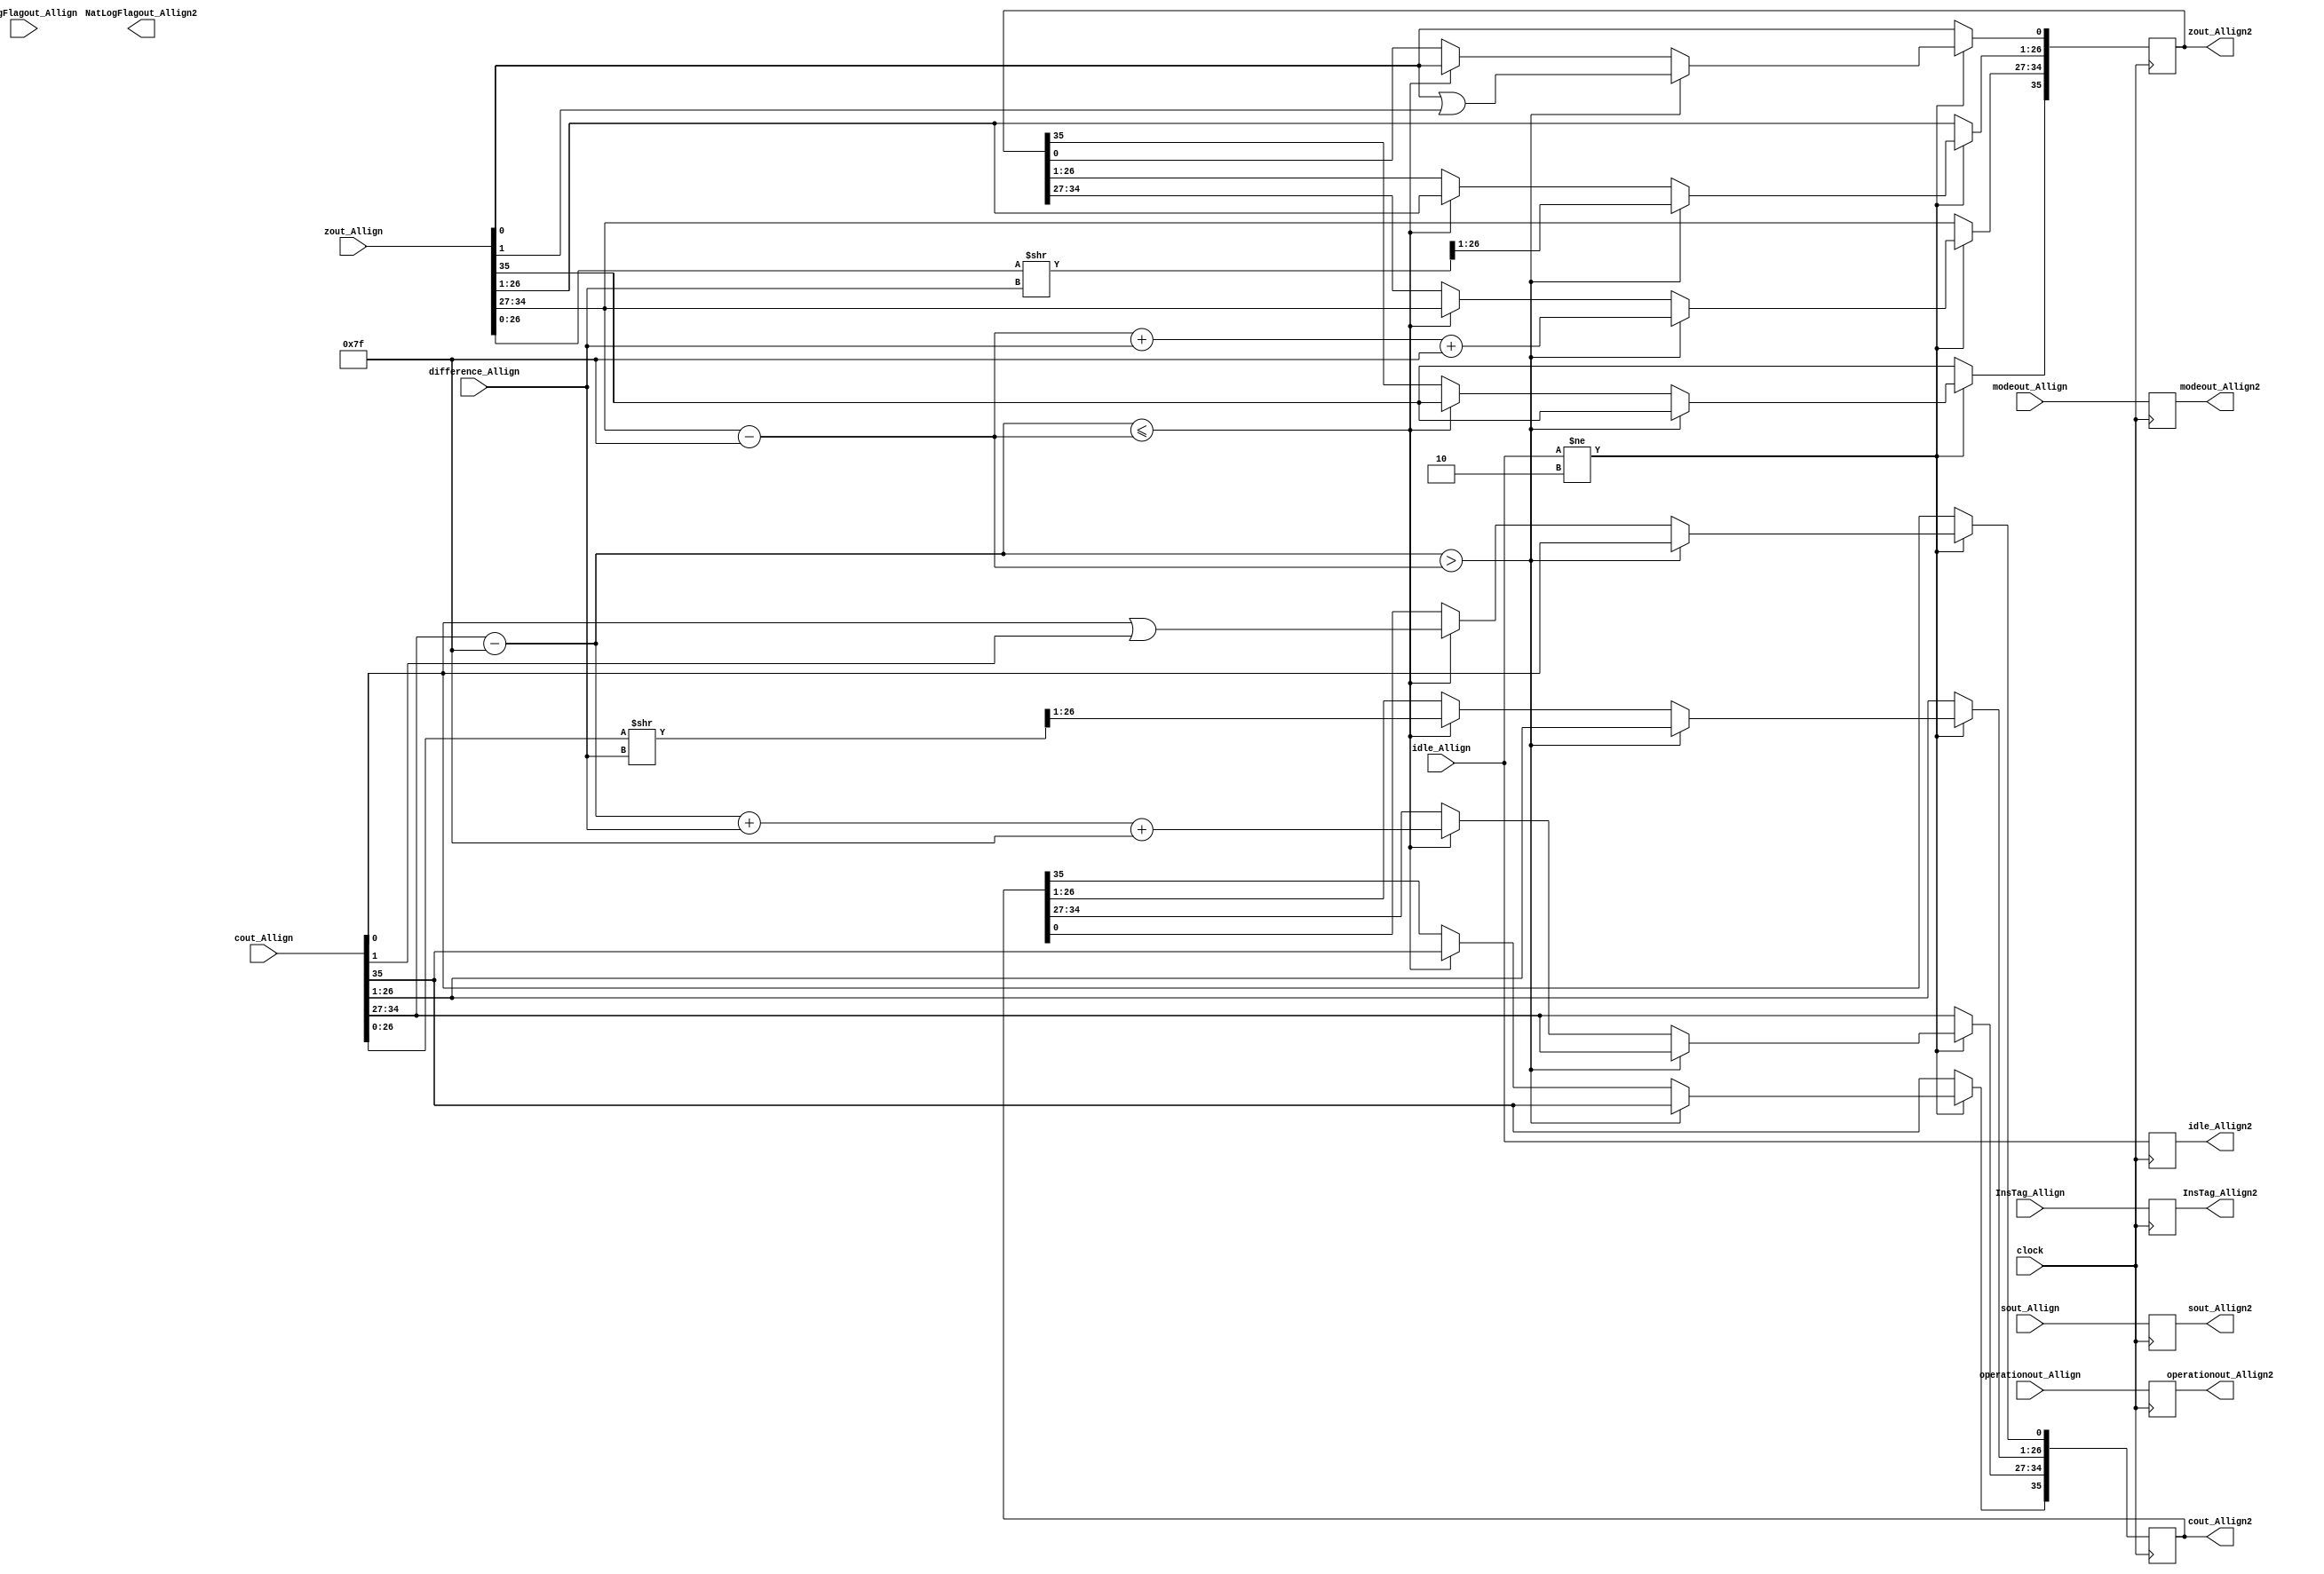
`timescale 1ns / 1ps
//////////////////////////////////////////////////////////////////////////////////
// Company: 
// Engineer: 
// 
// Design Name: 
// Module Name:    Allign2 
// Project Name: 
// Target Devices: 
// Tool versions: 
// Description: 
//
// Dependencies: 
//
// Revision: 
// Revision 0.01 - File Created
// Additional Comments: 
//
//////////////////////////////////////////////////////////////////////////////////
module Allign2(
	input [1:0] idle_Allign,
	input [35:0] cout_Allign,
	input [35:0] zout_Allign,
	input [31:0] sout_Allign,
	input [1:0] modeout_Allign,
	input operationout_Allign,
	input NatLogFlagout_Allign,
	input [7:0] difference_Allign,
	input [7:0] InsTag_Allign,
	input clock,
	output reg [1:0] idle_Allign2,
	output reg [35:0] cout_Allign2,
	output reg [35:0] zout_Allign2,
	output reg [31:0] sout_Allign2,
	output reg [1:0] modeout_Allign2,
	output reg operationout_Allign2,
	output reg NatLogFlagout_Allign2,
	output reg [7:0] InsTag_Allign2
    );
	 
parameter mode_circular  =2'b01, 
			 mode_linear    =2'b00, 
			 mode_hyperbolic=2'b11;

parameter no_idle = 2'b00,
			 allign_idle = 2'b01,
			 put_idle = 2'b10;

wire z_sign;
wire [7:0] z_exponent;
wire [26:0] z_mantissa;

wire c_sign;
wire [7:0] c_exponent;
wire [26:0] c_mantissa;

assign z_sign = zout_Allign[35];
assign z_exponent = zout_Allign[34:27] - 127;
assign z_mantissa = {zout_Allign[26:0]};

assign c_sign = cout_Allign[35];
assign c_exponent = cout_Allign[34:27] - 127;
assign c_mantissa = {cout_Allign[26:0]};

always @ (posedge clock)
begin
	
	InsTag_Allign2 <= InsTag_Allign;
	idle_Allign2 <= idle_Allign;
	modeout_Allign2 <= modeout_Allign;
	operationout_Allign2 <= operationout_Allign;
	sout_Allign2 <= sout_Allign;
	
	if (idle_Allign != put_idle) begin
		if ($signed(c_exponent) > $signed(z_exponent)) begin
			zout_Allign2[35] <= zout_Allign[35];
			zout_Allign2[34:27] <= z_exponent + difference_Allign + 127;
			zout_Allign2[26:0] <= z_mantissa >> difference_Allign;
			zout_Allign2[0] <= z_mantissa[0] | z_mantissa[1];
			cout_Allign2 <= cout_Allign;
		end else if ($signed(c_exponent) <= $signed(z_exponent)) begin
			cout_Allign2[35] <= cout_Allign[35];
			cout_Allign2[34:27] <= c_exponent + difference_Allign + 127;
			cout_Allign2[26:0] <= c_mantissa >> difference_Allign;
			cout_Allign2[0] <= c_mantissa[0] | c_mantissa[1];
			zout_Allign2 <= zout_Allign;
		 end		
	end
	
	else begin
		zout_Allign2 <= zout_Allign;
		cout_Allign2 <= cout_Allign;
	end
end

endmodule